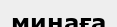
минаға